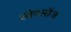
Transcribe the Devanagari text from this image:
स्वेटलॉज